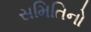
સમિતિનો